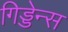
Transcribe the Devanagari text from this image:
गिड्डेन्स